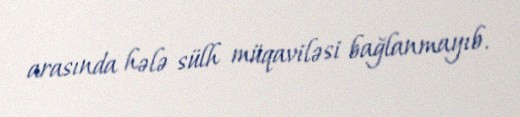
arasında hələ sülh müqaviləsi bağlanmayıb.